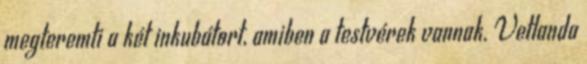
megteremti a két inkubátort, amiben a testvérek vannak. Vetlanda